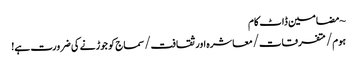
~ مضامین ڈاٹ کام
ہوم/متفرقات/معاشرہ اور ثقافت/سماج کو جوڑنے کی ضرورت ہے!